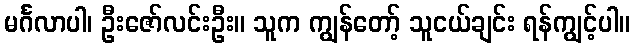
မင်္ဂလာပါ၊ ဦးဇော်လင်းဦး။ သူက ကျွန်တော့် သူငယ်ချင်း ရန်ကျွင့်ပါ။